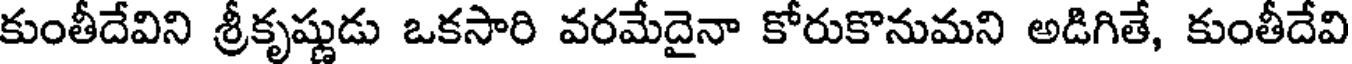
కుంతీదేవిని శ్రీకృష్ణుడు ఒకసారి వరమేదైనా కోరుకొనుమని అడిగితే, కుంతీదేవి